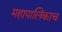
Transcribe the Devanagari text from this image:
महापालिकाच